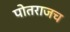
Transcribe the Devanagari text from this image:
पोतराजच